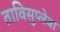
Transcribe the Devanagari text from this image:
ताविसुप्लेबा